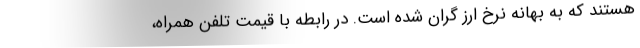
هستند که به بهانه نرخ ارز گران شده است. در رابطه با قیمت تلفن همراه،